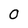
Character: 0